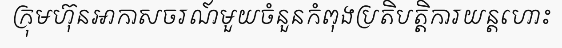
ក្រុមហ៊ុនអាកាសចរណ៍មួយចំនួនកំពុងប្រតិបត្តិការយន្តហោះ